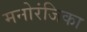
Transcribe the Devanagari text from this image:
मनोरंजिका